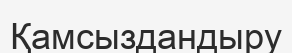
Қамсыздандыру